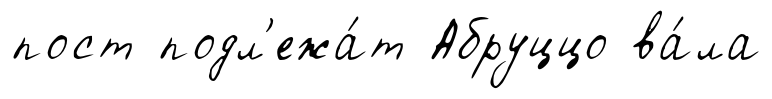
пост подл'ежа́т Абруццо ва́ла